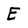
Character: E